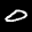
Label: 0